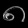
Digit: ၈